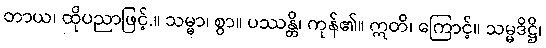
တာယ၊ ထိုပညာဖြင့်.။ သမ္မာ၊ စွာ။ ပဿန္တိ၊ ကုန်၏။ ဣတိ၊ ကြောင့်။ သမ္မဒိဋ္ဌိ၊